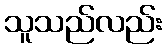
သူသည်လည်း